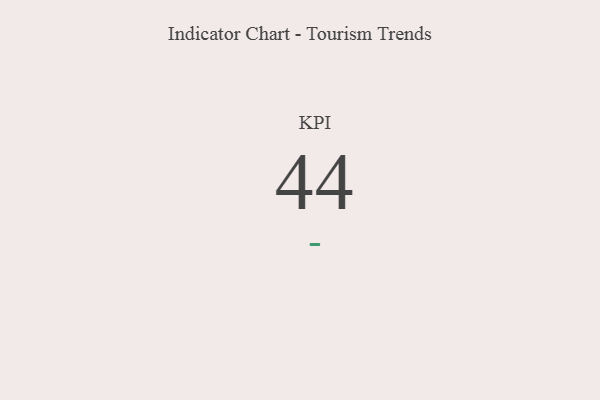
{"axis": {"x": "KPI", "y": "Value"}, "legend": [""], "data": [{"x": "KPI", "y": 44, "type": ""}]}